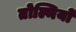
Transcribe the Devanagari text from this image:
तोल्मियों